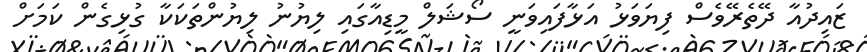
ޒައިދުއާ ދޭތެރޭވެސް ފިޔަވަޅު އަޅާފައިވަނީ ސޯޝަލް މީޑިއާގައި ލިޔުނު ލިޔުންތަކަކާ ގުޅިގެން ކަަމަށް